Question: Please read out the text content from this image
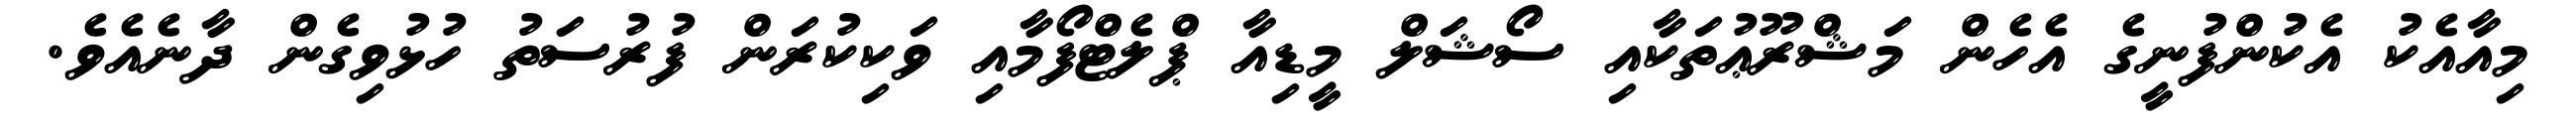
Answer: މިއާއެކު އެކުންފުނީގެ އެހެން މަޝްރޫޢުތަކާއި ސޯޝަލް މީޑިއާ ޕްލެޓްފޯމާއި ވަކިކުރަން ފުރުސަތު ހުޅުވިގެން ދާނެއެވެ.